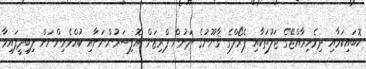
ކޮބައިކަމާއި ދިވެހިރާއްޖޭގެ ޖަލުތަކާއި ޕެރޯލްގެ ޤާނޫނުގެ ދަށުން ޕްރިޒަން އޮފިސަރުންނަށާއި ކުއްވެރިންނަށް ލިބިދީފައިވާ